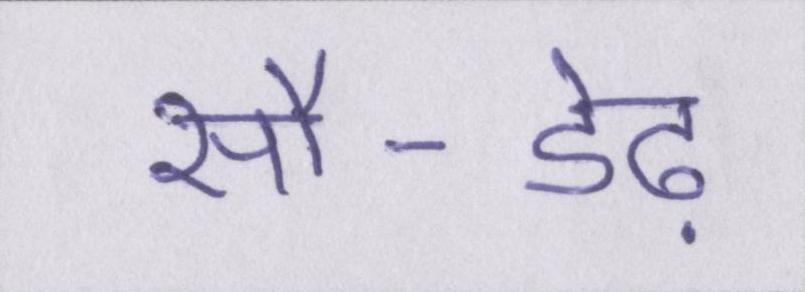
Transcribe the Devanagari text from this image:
सौ-डेढ़